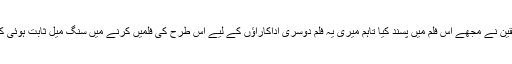
دھک دھک گرل نے کہا کہ میری یہ فلم کامیاب تو نہیں ہوئی لیکن شائقین نے مجھے اس فلم میں پسند کیا تاہم میری یہ فلم دوسری اداکاراؤں کے لیے اس طرح کی فلمیں کرنے میں سنگ میل ثابت ہوئی کیوں کہ ہمیں کچھ کام خود کے بجائے دوسروں کے لیے کرنے چاہئیں۔